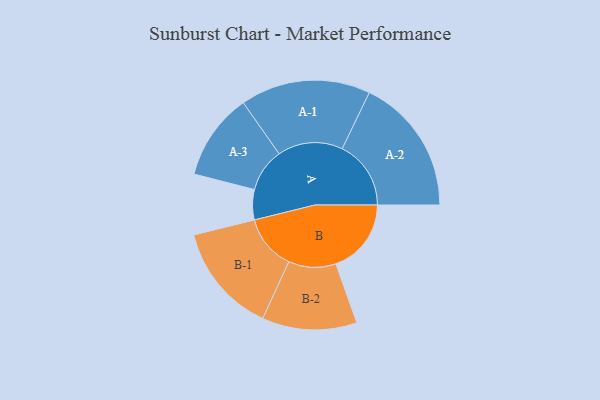
{"axis": {"x": "Segment", "y": "Value"}, "legend": ["", "A", "B"], "data": [{"x": "A", "y": 123, "type": ""}, {"x": "B", "y": 307, "type": ""}, {"x": "A-1", "y": 265, "type": "A"}, {"x": "A-2", "y": 280, "type": "A"}, {"x": "A-3", "y": 177, "type": "A"}, {"x": "B-1", "y": 224, "type": "B"}, {"x": "B-2", "y": 193, "type": "B"}]}